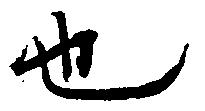
也